Cultivation of the bacillus of leprosy and the treatment of cases by means of a vaccine prepared from the cultivations - Number 42
Disease focus: Leprosy
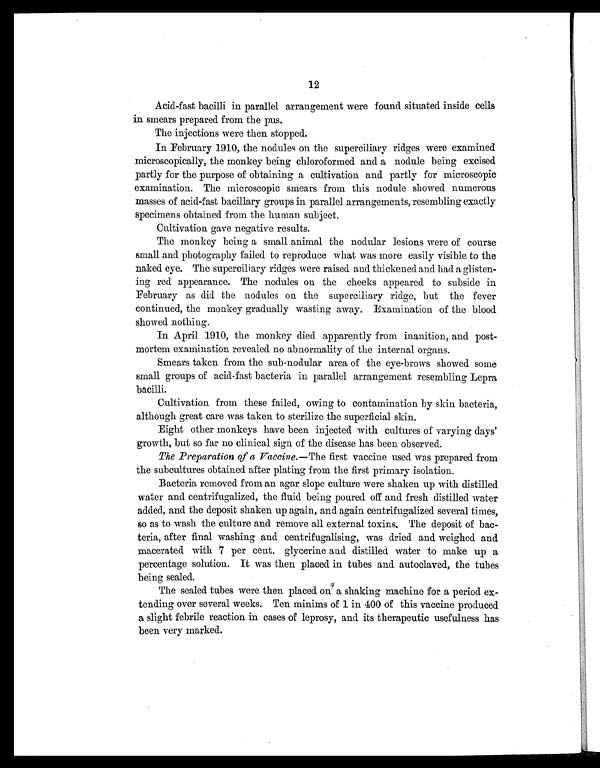
12
Acid-fast bacilli in parallel arrangement were found situated inside cells
in smears prepared from the pus.
The injections were then stopped.
In February 1910, the nodules on the superciliary ridges were examined
microscopically, the monkey being chloroformed and a nodule being excised
partly for the purpose of obtaining a cultivation and partly for microscopic
examination. The microscopic smears from this nodule showed numerous
masses of acid-fast bacillary groups in parallel arrangements, resembling exactly
specimens obtained from the human subject.
Cultivation gave negative results.
The monkey being a small animal the nodular lesions were of course
small and photography failed to reproduce what was more easily visible to the
naked eye. The superciliary ridges were raised and thickened and had a glisten-
ing red appearance. The nodules on the cheeks appeared to subside in
February as did the nodules on the superciliary ridge, but the fever
continued, the monkey gradually wasting away. Examination of the blood
showed nothing.
In April 1910, the monkey died apparently from inanition, and post-
mortem examination revealed no abnormality of the internal organs.
Smears taken from the sub-nodular area of the eye-brows showed some
small groups of acid-fast bacteria in parallel arrangement resembling Lepra
bacilli.
Cultivation from these failed, owing to contamination by skin bacteria,
although great care was taken to sterilize the superficial skin.
Eight other monkeys have been injected with cultures of varying days'
growth, but so far no clinical sign of the disease has been observed.
The Preparation of a Vaccine.—The first vaccine used was prepared from
the subcultures obtained after plating from the first primary isolation.
Bacteria removed from an agar slope culture were shaken up with distilled
water and centrifugalized, the fluid being poured off and fresh distilled water
added, and the deposit shaken up again, and again centrifugalized several times,
so as to wash the culture and remove all external toxins. The deposit of bac-
teria, after final washing and centrifugalising, was dried and weighed and
macerated with 7 per cent. glycerine and distilled water to make up a
percentage solution. It was then placed in tubes and autoclaved, the tubes
being sealed.
The sealed tubes were then placed on a shaking machine for a period ex-
tending over several weeks. Ten minims of 1 in 400 of this vaccine produced
a slight febrile reaction in cases of leprosy, and its therapeutic usefulness has
been very marked.